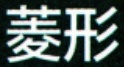
菱形